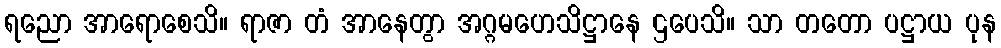
ရညော အာရောစေသိ။ ရာဇာ တံ အာနေတွာ အဂ္ဂမဟေသိဋ္ဌာနေ ဌပေသိ။ သာ တတော ပဋ္ဌာယ ပုန